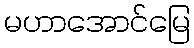
မဟာအောင်မြေ